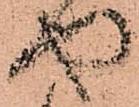
や